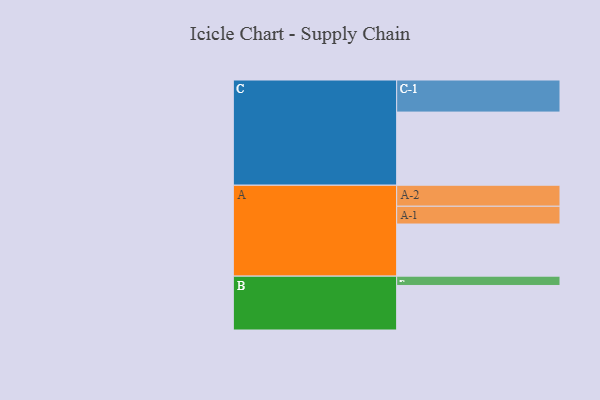
{"axis": {"x": "Segment", "y": "Value"}, "legend": ["", "A", "B", "C"], "data": [{"x": "A", "y": 419, "type": ""}, {"x": "B", "y": 358, "type": ""}, {"x": "C", "y": 588, "type": ""}, {"x": "A-1", "y": 143, "type": "A"}, {"x": "A-2", "y": 169, "type": "A"}, {"x": "B-1", "y": 75, "type": "B"}, {"x": "C-1", "y": 258, "type": "C"}]}